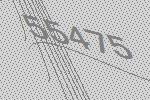
55475